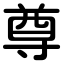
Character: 尊